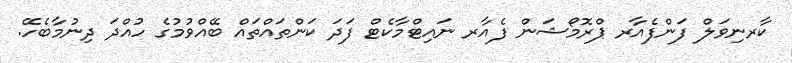
ކާރނިވަލް ފަންފެއާރ ޕްރޮމޯޝަން ފެއާރ ނައިޓްމާކެޓް ފަދަ ކަންތައްތައް ބޭއްވުމުގެ ހުއްދަ ދިނުމާބެހޭ.